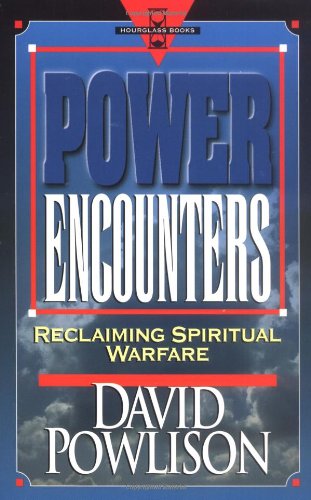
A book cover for Power Encounters:  Reclaiming Spiritual Warfare (Hourglass Books); David A. Powlison; Christian Books & Bibles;